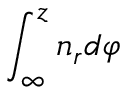
\int _ { \infty } ^ { z } n _ { r } d \varphi